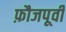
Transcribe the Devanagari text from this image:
फ़ौजपूर्वी